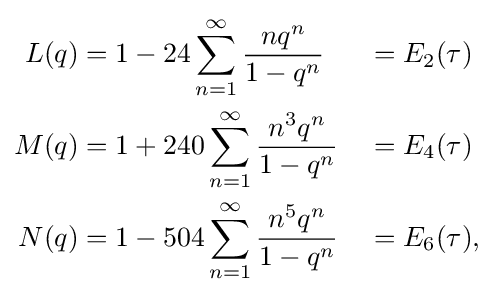
{\begin{aligned}L(q)&=1-24\sum _{n=1}^{\infty }{\frac {nq^{n}}{1-q^{n}}}&&=E_{2}(\tau )\\M(q)&=1+240\sum _{n=1}^{\infty }{\frac {n^{3}q^{n}}{1-q^{n}}}&&=E_{4}(\tau )\\N(q)&=1-504\sum _{n=1}^{\infty }{\frac {n^{5}q^{n}}{1-q^{n}}}&&=E_{6}(\tau ),\end{aligned}}